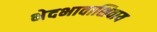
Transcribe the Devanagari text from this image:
भेदभावाशिवाय